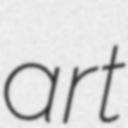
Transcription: art